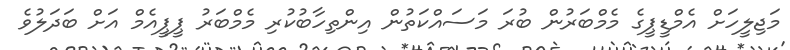
މަޖިލީހަށް އެމްޑީޕީގެ މެމްބަރުން ބުރަ މަސައްކަތުން އިންތިހާބުކުރި މެމްބަރު ޕީޕީއެމް އަށް ބަދަލުވެ